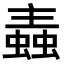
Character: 𧏼